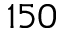
1 5 0